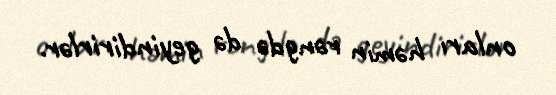
onları həmin rəngdə də geyindirirlər.